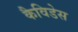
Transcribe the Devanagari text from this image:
कैविडेस